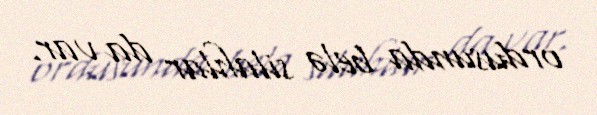
ordusunda belə silahlar da var.